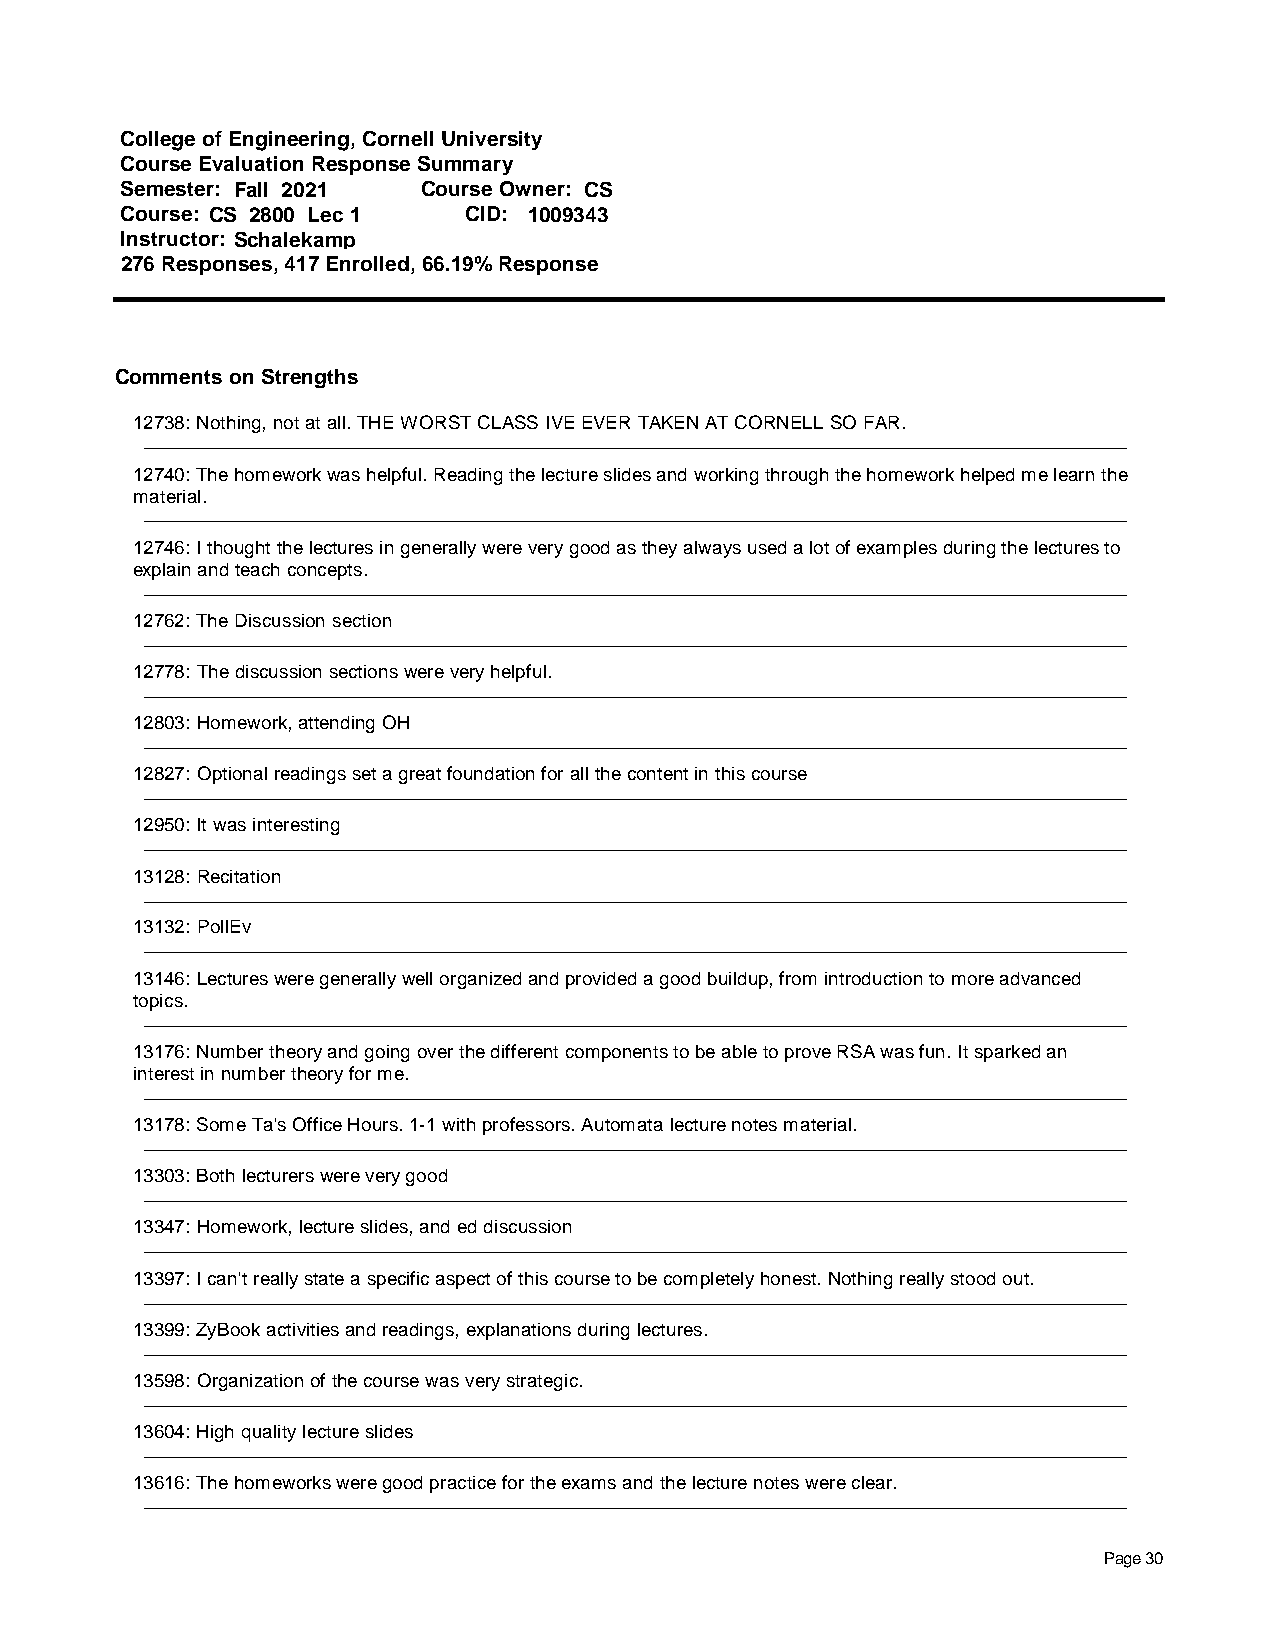
College of Engineering, Cornell University
 Course Evaluation Response Summary
 Semester: Fall 2021 Course Owner: CS
 Course: CS 2800 Lec 1  CID: 1009343
 Instructor: Schalekamp
 276 Responses, 417 Enrolled, 66.19% Response
 Comments on Strengths
 12738: Nothing, not at all. THE WORST CLASS IVE EVER TAKEN AT CORNELL SO FAR.
 12740: The homework was helpful. Reading the lecture slides and working through the homework helped me learn the
 material.
 12746: I thought the lectures in generally were very good as they always used a lot of examples during the lectures to
 explain and teach concepts.
 12762: The Discussion section
 12778: The discussion sections were very helpful.
 12803: Homework, attending OH
 12827: Optional readings set a great foundation for all the content in this course
 12950: It was interesting
 13128: Recitation
 13132: PollEv
 13146: Lectures were generally well organized and provided a good buildup, from introduction to more advanced
 topics.
 13176: Number theory and going over the different components to be able to prove RSA was fun. It sparked an
 interest in number theory for me.
 13178: Some Ta's Office Hours. 1-1 with professors. Automata lecture notes material.
 13303: Both lecturers were very good
 13347: Homework, lecture slides, and ed discussion
 13397: I can't really state a specific aspect of this course to be completely honest. Nothing really stood out.
 13399: ZyBook activities and readings, explanations during lectures.
 13598: Organization of the course was very strategic.
 13604: High quality lecture slides
 13616: The homeworks were good practice for the exams and the lecture notes were clear.
 Page 30